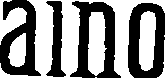
aino